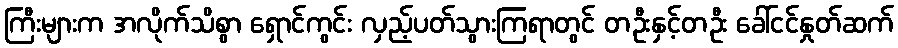
ကြီးများက အလိုက်သိစွာ ရှောင်ကွင်း လှည့်ပတ်သွားကြရာတွင် တဦးနှင့်တဦး ခေါ်ငင်နှုတ်ဆက်